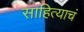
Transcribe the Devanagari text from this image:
साहित्याचं